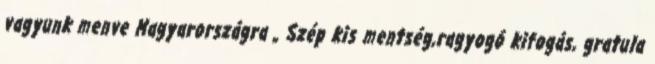
vagyunk menve Magyarországra „ Szép kis mentség,ragyogó kifogás, gratula